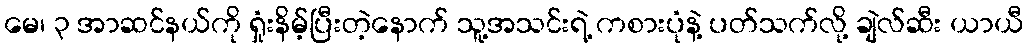
မေ၊ ၃ အာဆင်နယ်ကို ရှုံးနိမ့်ပြီးတဲ့နောက် သူ့အသင်းရဲ့ ကစားပုံနဲ့ ပတ်သက်လို့ ချဲလ်ဆီး ယာယီ